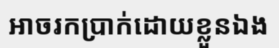
អាចរកប្រាក់ដោយខ្លួនឯង